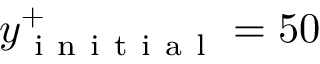
y _ { \mathrm { ~ i ~ n ~ i ~ t ~ i ~ a ~ l ~ } } ^ { + } = 5 0